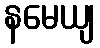
နမေယျ